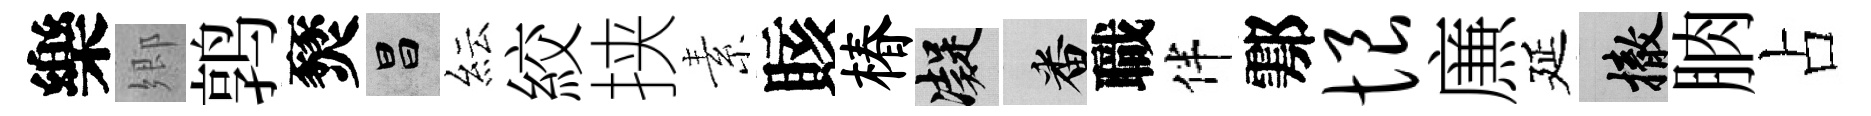
樂郷鹑燹昌紜絞挟素賅椿凝番職伴鄠恨㢘延撤朒占